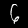
Digit: 6